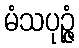
မံသပုဉ္ဇံ